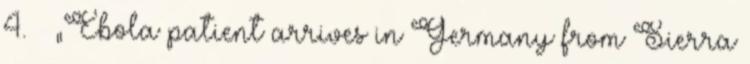
4. ↑ „Ebola patient arrives in Germany from Sierra